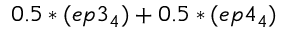
0 . 5 * ( e p 3 _ { 4 } ) + 0 . 5 * ( e p 4 _ { 4 } )